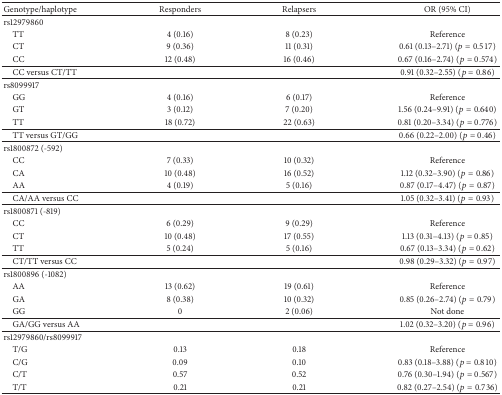
<table><thead><tr><td><b>Genotype/haplotype</b></td><td><b>Responders</b></td><td><b>Relapsers</b></td><td><b>OR (95% CI)</b></td></tr></thead><tbody><tr><td>rs12979860</td><td> </td><td> </td><td> </td></tr><tr><td> TT</td><td>4 (0.16)</td><td>8 (0.23)</td><td>Reference</td></tr><tr><td> CT</td><td>9 (0.36)</td><td>11 (0.31)</td><td>0.61 (0.13–2.71) (<i>p</i> = 0.517)</td></tr><tr><td> CC</td><td>12 (0.48)</td><td>16 (0.46)</td><td>0.67 (0.16–2.74) (<i>p</i> = 0.574)</td></tr><tr><td> CC versus CT/TT</td><td> </td><td> </td><td>0.91 (0.32–2.55) (<i>p</i> = 0.86)</td></tr><tr><td>rs8099917</td><td> </td><td> </td><td> </td></tr><tr><td> GG</td><td>4 (0.16)</td><td>6 (0.17)</td><td>Reference</td></tr><tr><td> GT</td><td>3 (0.12)</td><td>7 (0.20)</td><td>1.56 (0.24–9.91) (<i>p</i> = 0.640)</td></tr><tr><td> TT</td><td>18 (0.72)</td><td>22 (0.63)</td><td>0.81 (0.20–3.34) (<i>p</i> = 0.776)</td></tr><tr><td> TT versus GT/GG</td><td> </td><td> </td><td>0.66 (0.22–2.00) (<i>p</i> = 0.46)</td></tr><tr><td>rs1800872 (-592)</td><td> </td><td> </td><td> </td></tr><tr><td> CC</td><td>7 (0.33)</td><td>10 (0.32)</td><td>Reference</td></tr><tr><td> CA</td><td>10 (0.48)</td><td>16 (0.52)</td><td>1.12 (0.32–3.90) (<i>p</i> = 0.86)</td></tr><tr><td> AA</td><td>4 (0.19)</td><td>5 (0.16)</td><td>0.87 (0.17–4.47) (<i>p</i> = 0.87)</td></tr><tr><td> CA/AA versus CC</td><td> </td><td> </td><td>1.05 (0.32–3.41) (<i>p</i> = 0.93)</td></tr><tr><td>rs1800871 (-819)</td><td> </td><td> </td><td> </td></tr><tr><td> CC</td><td>6 (0.29)</td><td>9 (0.29)</td><td>Reference</td></tr><tr><td> CT</td><td>10 (0.48)</td><td>17 (0.55)</td><td>1.13 (0.31–4.13) (<i>p</i> = 0.85)</td></tr><tr><td> TT</td><td>5 (0.24)</td><td>5 (0.16)</td><td>0.67 (0.13–3.34) (<i>p</i> = 0.62)</td></tr><tr><td> CT/TT versus CC</td><td> </td><td> </td><td>0.98 (0.29–3.32) (<i>p</i> = 0.97)</td></tr><tr><td>rs1800896 (-1082)</td><td> </td><td> </td><td> </td></tr><tr><td> AA</td><td>13 (0.62)</td><td>19 (0.61)</td><td>Reference</td></tr><tr><td> GA</td><td>8 (0.38)</td><td>10 (0.32)</td><td>0.85 (0.26–2.74) (<i>p</i> = 0.79)</td></tr><tr><td> GG</td><td>0</td><td>2 (0.06)</td><td>Not done</td></tr><tr><td> GA/GG versus AA</td><td> </td><td> </td><td>1.02 (0.32–3.20) (<i>p</i> = 0.96)</td></tr><tr><td>rs12979860/rs8099917</td><td> </td><td> </td><td> </td></tr><tr><td> T/G</td><td>0.13</td><td>0.18</td><td>Reference</td></tr><tr><td> C/G</td><td>0.09</td><td>0.10</td><td>0.83 (0.18–3.88) (<i>p</i> = 0.810)</td></tr><tr><td> C/T</td><td>0.57</td><td>0.52</td><td>0.76 (0.30–1.94) (<i>p</i> = 0.567)</td></tr><tr><td> T/T</td><td>0.21</td><td>0.21</td><td>0.82 (0.27–2.54) (<i>p</i> = 0.736)</td></tr></tbody></table>